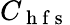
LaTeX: C_{\mathrm{~h~f~s~}}